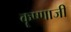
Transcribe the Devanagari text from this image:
कॄष्‍णाजी